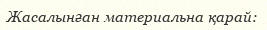
Жасалынған материальна қарай: